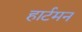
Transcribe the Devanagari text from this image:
हार्टमन